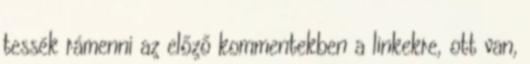
tessék rámenni az előző kommentekben a linkekre, ott van,